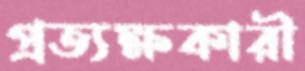
প্রত্যক্ষকারী